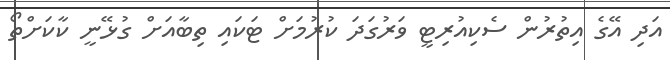
އަދި އޭގެ އިތުރުން ސެކިއުރިޓީ ވަރުގަދަ ކުރުމަށް ޓަކައި ތިބާއަށް ގުޅޭނީ ކާކަށްތޯ